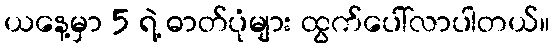
ယနေ့မှာ 5 ရဲ့ ဓာတ်ပုံများ ထွက်ပေါ်လာပါတယ်။